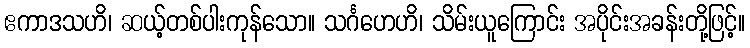
ဧကာဒသဟိ၊ ဆယ့်တစ်ပါးကုန်သော။ သင်္ဂဟေဟိ၊ သိမ်းယူကြောင်း အပိုင်းအခန်းတို့ဖြင့်။